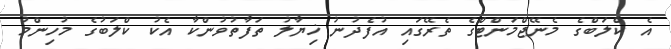
އެ ކްލަބްގެ މެނޭޖްމަންޓްގެ ތެރޭގައި އުފެދުނު ޚިޔާލު ތަފާތުވުންކާ އެކު ކްލަބުގެ މުހިންމު